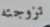
تزوجته